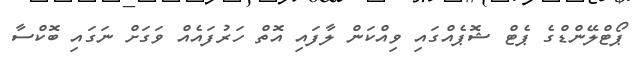
ޕޯޓްލޭންޑްގެ ޕެޓް ޝޮޕެއްގައި ވިއްކަން ލާފައި އޮތް ހަރުފައެއް ވަގަށް ނަގައި ބޮކްސާ